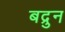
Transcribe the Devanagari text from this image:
बद्रुन